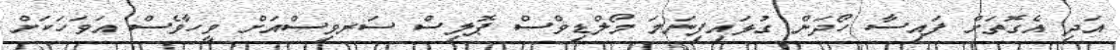
އަދި އެގޮތަށް ފައިސާ ހޯދަން ގުޅައިފިނަމަ މޯލްޑިވްސް ޕޮލިސް ސަރވިސްއަށް ވީހާވެސް އަވަހަކަށް